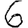
Digit: 6